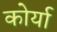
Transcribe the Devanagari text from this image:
कोर्या